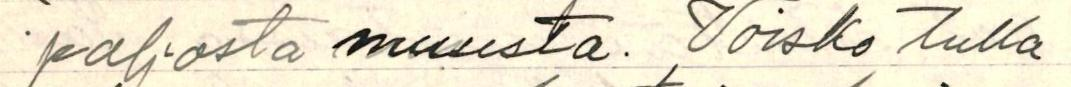
paljosta muusta. Voisko tulla